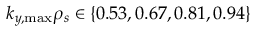
k _ { y , \mathrm { m a x } } \rho _ { s } \in \{ 0 . 5 3 , 0 . 6 7 , 0 . 8 1 , 0 . 9 4 \}